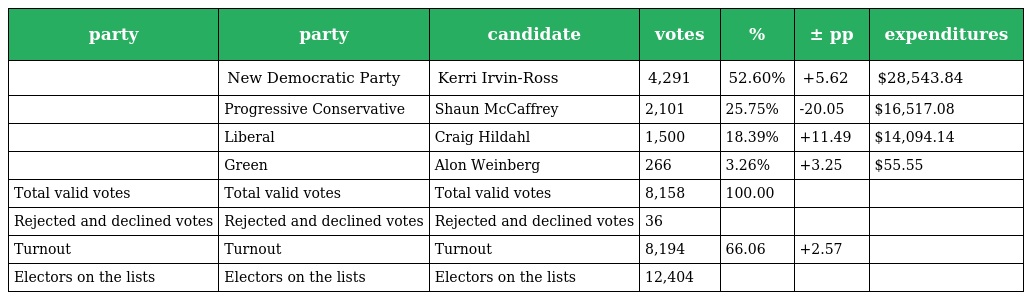
| party | party | candidate | votes | % | ± pp | expenditures |
 | --- | --- | --- | --- | --- | --- | --- |
 |  | New Democratic Party | Kerri Irvin-Ross | 4,291 | 52.60% | +5.62 | $28,543.84 |
 |  | Progressive Conservative | Shaun McCaffrey | 2,101 | 25.75% | -20.05 | $16,517.08 |
 |  | Liberal | Craig Hildahl | 1,500 | 18.39% | +11.49 | $14,094.14 |
 |  | Green | Alon Weinberg | 266 | 3.26% | +3.25 | $55.55 |
 | Total valid votes | Total valid votes | Total valid votes | 8,158 | 100.00 |  |  |
 | Rejected and declined votes | Rejected and declined votes | Rejected and declined votes | 36 |  |  |  |
 | Turnout | Turnout | Turnout | 8,194 | 66.06 | +2.57 |  |
 | Electors on the lists | Electors on the lists | Electors on the lists | 12,404 |  |  |  |